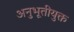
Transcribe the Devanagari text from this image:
अनुभूतीयुक्त